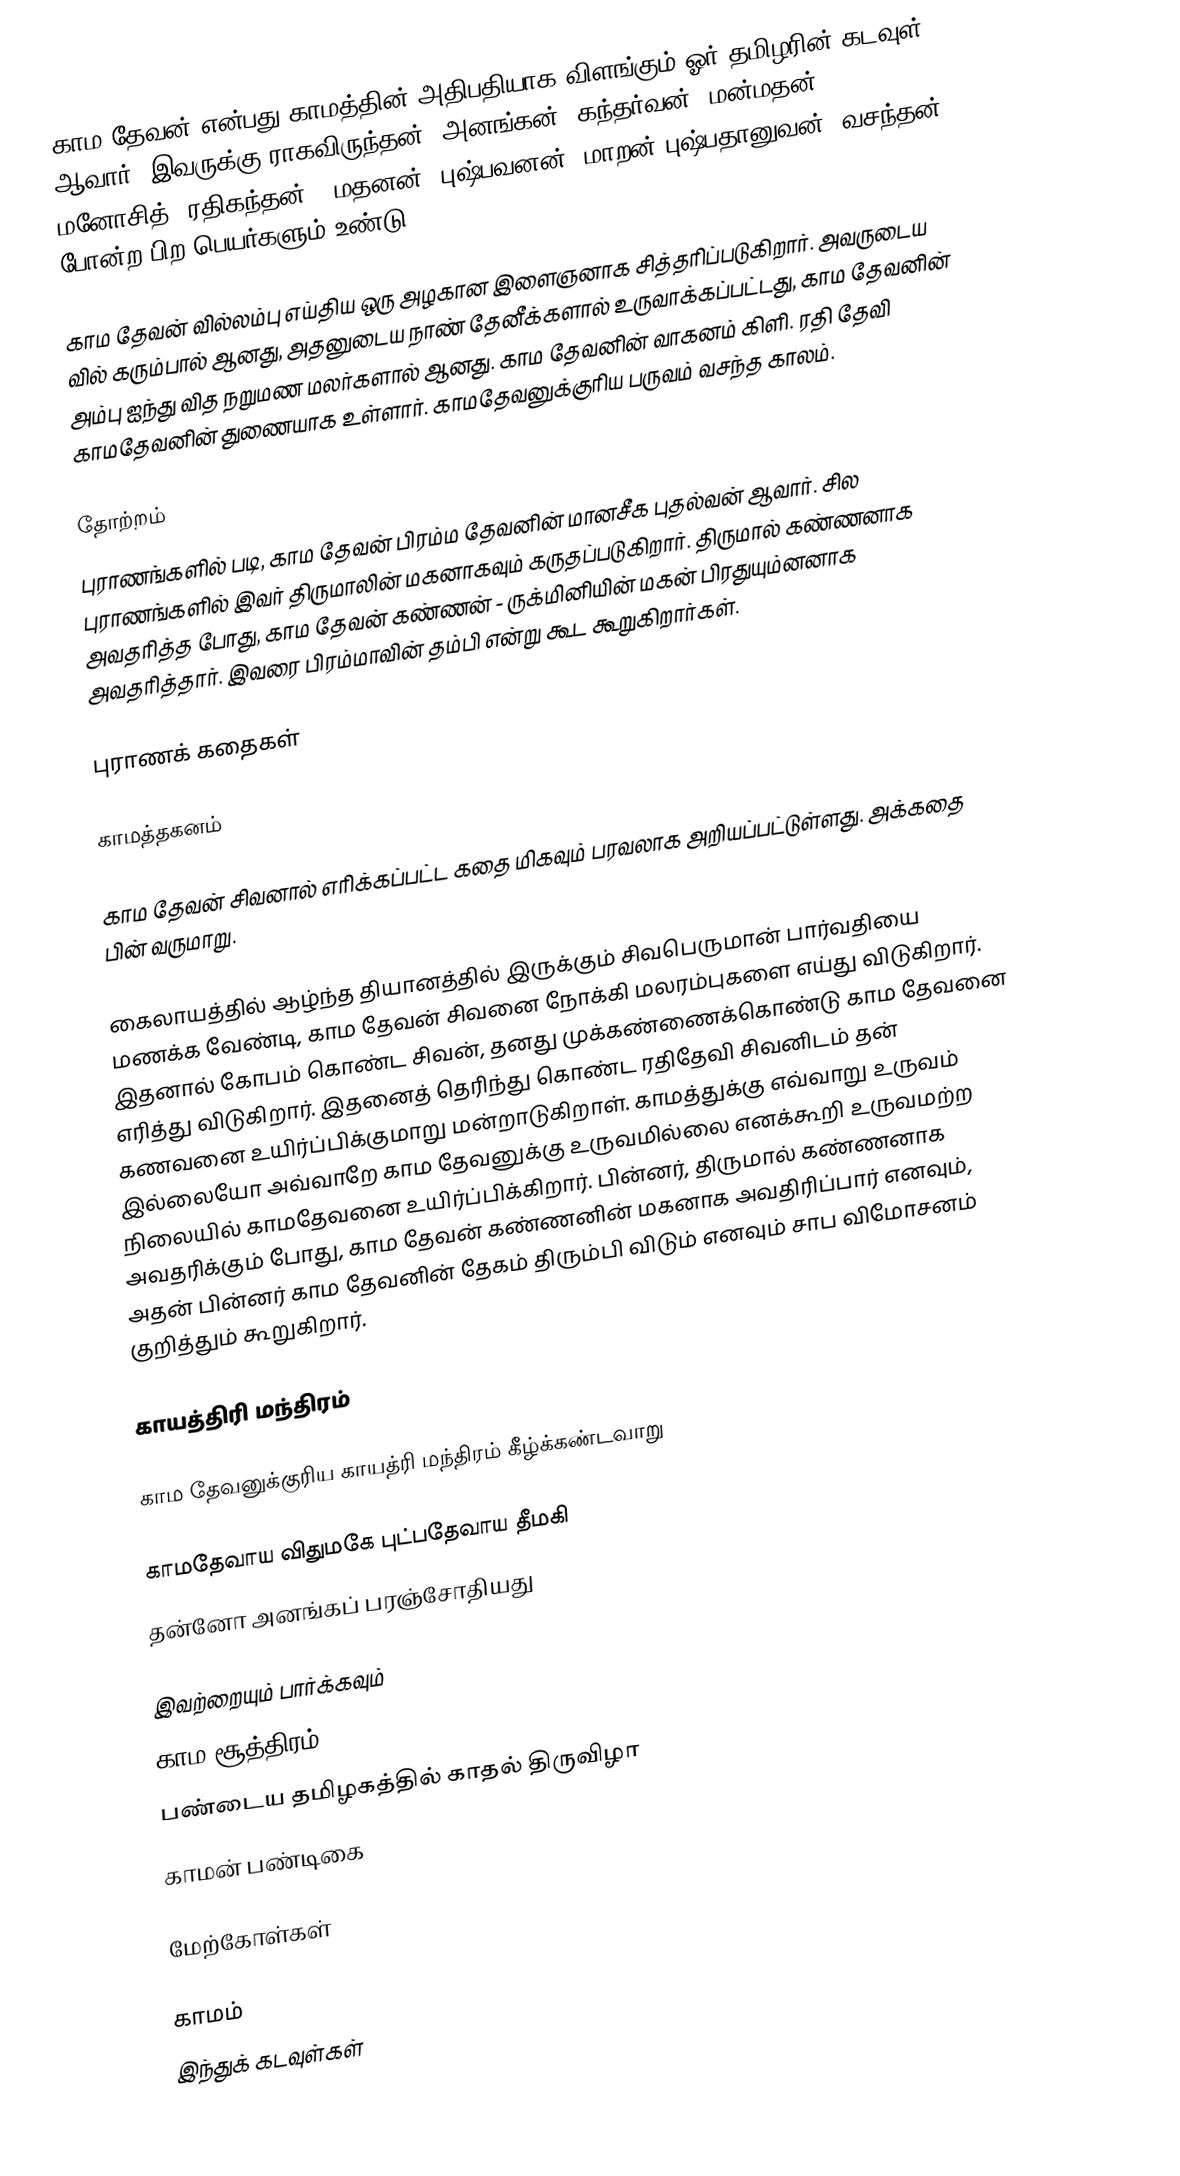
காம தேவன் என்பது காமத்தின் அதிபதியாக விளங்கும் ஓர் தமிழரின் கடவுள் ஆவார். இவருக்கு ராகவிருந்தன், அனங்கன், கந்தர்வன், மன்மதன், மனோசித், ரதிகந்தன்', மதனன், புஷ்பவனன், மாறன் புஷ்பதானுவன், வசந்தன் போன்ற பிற பெயர்களும் உண்டு.

காம தேவன் வில்லம்பு எய்திய ஒரு அழகான இளைஞனாக சித்தரிப்படுகிறார். அவருடைய வில் கரும்பால் ஆனது, அதனுடைய நாண் தேனீக்களால் உருவாக்கப்பட்டது, காம தேவனின் அம்பு ஐந்து வித நறுமண மலர்களால் ஆனது. காம தேவனின் வாகனம் கிளி. ரதி தேவி காமதேவனின் துணையாக உள்ளார். காமதேவனுக்குரிய பருவம் வசந்த காலம்.

தோற்றம்
புராணங்களில் படி, காம தேவன் பிரம்ம தேவனின் மானசீக புதல்வன் ஆவார். சில புராணங்களில் இவர் திருமாலின் மகனாகவும் கருதப்படுகிறார். திருமால் கண்ணனாக அவதரித்த போது, காம தேவன் கண்ணன் - ருக்மினியின் மகன் பிரதுயும்னனாக அவதரித்தார்.  இவரை பிரம்மாவின் தம்பி என்று கூட கூறுகிறார்கள்.

புராணக் கதைகள்

காமத்தகனம்

காம தேவன் சிவனால் எரிக்கப்பட்ட கதை மிகவும் பரவலாக அறியப்பட்டுள்ளது. அக்கதை பின் வருமாறு.

கைலாயத்தில் ஆழ்ந்த தியானத்தில் இருக்கும் சிவபெருமான் பார்வதியை மணக்க வேண்டி, காம தேவன் சிவனை நோக்கி மலரம்புகளை எய்து விடுகிறார். இதனால் கோபம் கொண்ட சிவன், தனது முக்கண்ணைக்கொண்டு காம தேவனை எரித்து விடுகிறார். இதனைத் தெரிந்து கொண்ட ரதிதேவி சிவனிடம் தன் கணவனை உயிர்ப்பிக்குமாறு மன்றாடுகிறாள். காமத்துக்கு எவ்வாறு உருவம் இல்லையோ அவ்வாறே காம தேவனுக்கு உருவமில்லை எனக்கூறி உருவமற்ற நிலையில் காமதேவனை உயிர்ப்பிக்கிறார். பின்னர், திருமால் கண்ணனாக அவதரிக்கும் போது, காம தேவன் கண்ணனின் மகனாக அவதிரிப்பார் எனவும், அதன் பின்னர் காம தேவனின் தேகம் திரும்பி விடும் எனவும் சாப விமோசனம் குறித்தும் கூறுகிறார்.

காயத்திரி மந்திரம்

காம தேவனுக்குரிய காயத்ரி மந்திரம் கீழ்க்கண்டவாறு

காமதேவாய விதுமகே புட்பதேவாய தீமகி
தன்னோ அனங்கப் பரஞ்சோதியது

இவற்றையும் பார்க்கவும்
காம சூத்திரம்
பண்டைய தமிழகத்தில் காதல் திருவிழா
காமன் பண்டிகை

மேற்கோள்கள்

காமம்
இந்துக் கடவுள்கள்